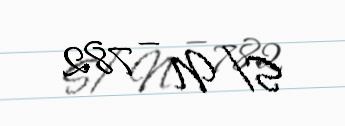
S/N — 782